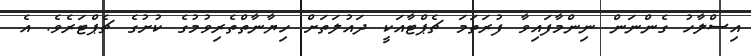
އިސްލާހު ގެންނަން ނިންމާފައިވާ ފުރަތަމަ ޗެޕްޓާއަކީ ދައުލަތަށް ހިޔާނާތްތެރިވުމުގެ ކުށުގެ ޗެޕްޓަރެވެ. އެ